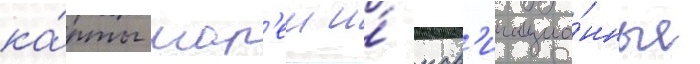
ка́рты мор'еи и́ нав'игацио́нные